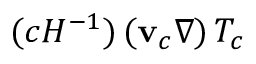
( { c } { H } ^ { - 1 } ) \, ( \mathbf { v } _ { c } \nabla ) \, T _ { c }